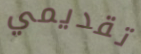
تقديمي